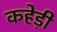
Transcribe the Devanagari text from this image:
कहेड़ी